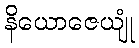
နိယောဇေယျုံ